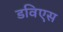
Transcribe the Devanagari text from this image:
डविएस